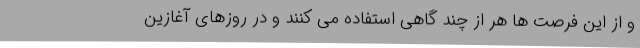
و از این فرصت ها هر از چند گاهی استفاده می کنند و در روزهای آغازین